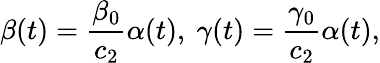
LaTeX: \beta(t)=\frac{\beta_{0}}{c_{2}}\alpha(t),\ \gamma(t)=\frac{\gamma_{0}}{c_{2}}\alpha(t),